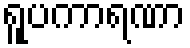
ရူပကာရဏာ